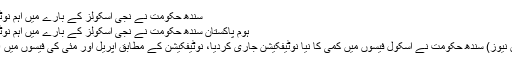
سندھ حکومت نے نجی اسکولز کے بارے میں اہم نوٹیفکیشن جاری کردیا
ہوم پاکستان سندھ حکومت نے نجی اسکولز کے بارے میں اہم نوٹیفکیشن جاری کردیا
کراچی:(پاک آن لائن نیوز) سندھ حکومت نے اسکول فیسوں میں کمی کا نیا نوٹیفکیشن جاری کردیا، نوٹیفکیشن کے مطابق اپریل اور مئی کی فیسوں میں 20فیصد کمی ہوگی۔